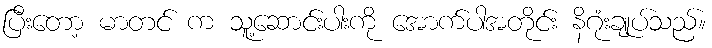
ပြီးတော့ မာတင် က သူ့ဆောင်းပါးကို အောက်ပါအတိုင်း နိဂုံးချုပ်သည်။